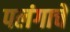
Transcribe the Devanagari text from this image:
पलंगाचे